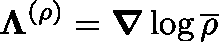
\mathbf { \boldsymbol { \Lambda } } ^ { ( \rho ) } = \boldsymbol { \nabla } \log \overline { { \rho } }